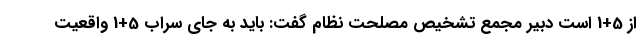
از 5+1 است دبیر مجمع تشخیص مصلحت نظام گفت: باید به جای سراب 5+1 واقعیت